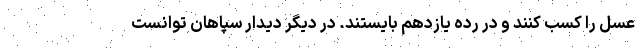
عسل را کسب کنند و در رده یازدهم بایستند. در دیگر دیدار سپاهان توانست